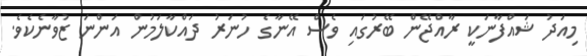
މިއަދު ޝައްފާނަކީ ރާއްޖޭން ބޭރުގައި ވެސް އޭނާގެ ހުނަރު ދައްކާލަމުން އަންނަ ޒުވާނެކެވެ.